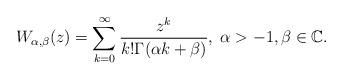
LaTeX: \begin{align*}W_{\alpha,\beta}(z)=\sum_{k=0}^\infty\frac{z^k}{k!\Gamma(\alpha k+\beta)},\;\alpha>-1,\beta\in\mathbb{C}.\end{align*}